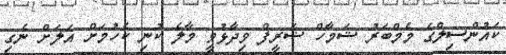
ކައުންސިލްގެ މެމްބަރު ޝަމާހް ޝަރީފް ވިދާޅުވީ މާލެ ކުނި ކެހުމަށް އަލަށް ނެގި